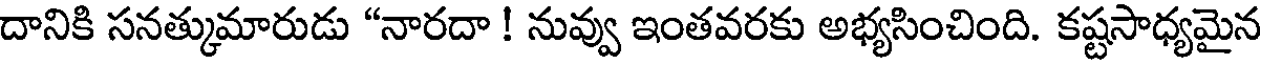
దానికి సనత్కుమారుడు "నారదా ! నువ్వు ఇంతవరకు అభ్యసించింది. కష్టసాధ్యమైన